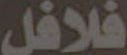
فلافل